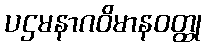
ပဌမနာဂဝိမာနဝတ္ထု